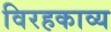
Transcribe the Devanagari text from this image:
विरहकाव्य